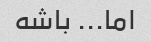
اما... باشه